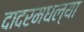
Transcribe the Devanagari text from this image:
दादरमधल्या